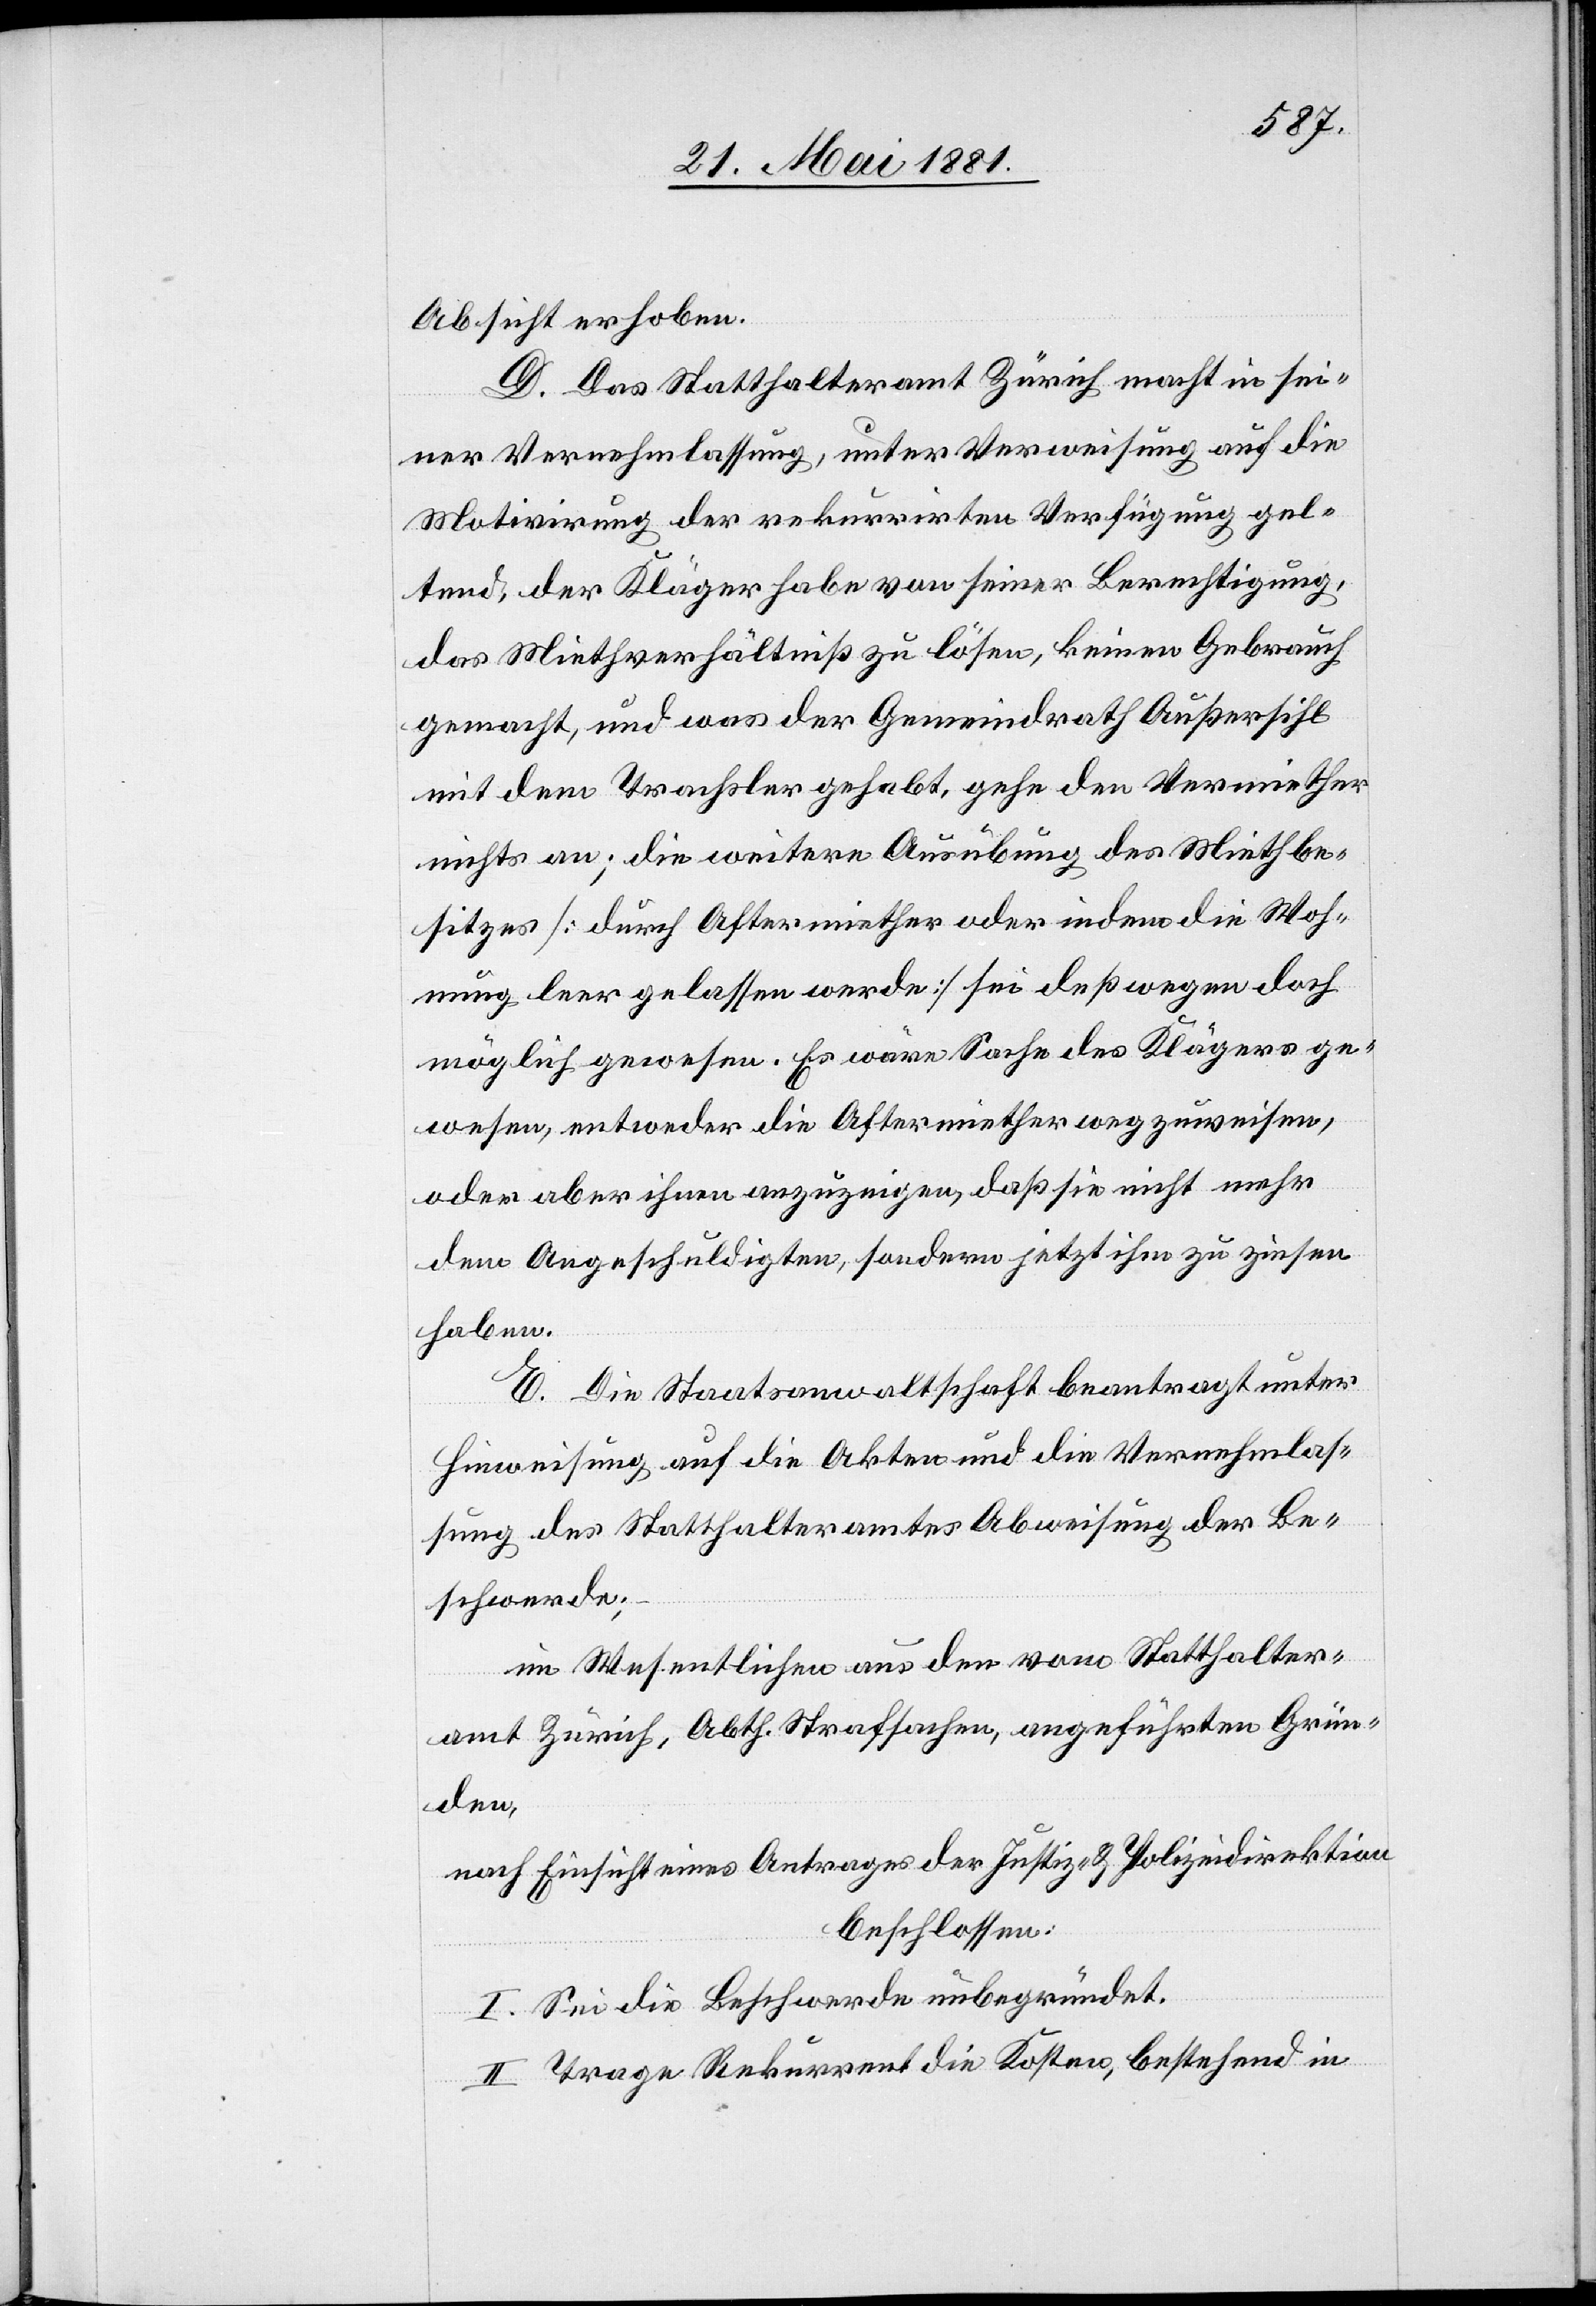
Absicht erhoben.
D. Das Statthalteramt Zürich macht in sei¬
ner Vernehmlassung, unter Verweisung auf die
Motivirung der rekurrirten Verfügung gel¬
tend, der Kläger habe von seiner Berechtigung,
das Miethverhältniß zu lösen, keinen Gebrauch
gemacht, und was der Gemeindrath Außersihl
mit dem Trachler gehabt, gehe den Vermiether
nichts an; die weitere Ausübung des Miethbe¬
sitzes [durch Aftermiether oder indem die Woh¬
nung leer gelassen werde] sei deßwegen doch
möglich gewesen. Es wäre Sache des Klägers ge¬
wesen, entweder die Aftermiether wegzuweisen,
oder aber ihnen anzuzeigen, daß sie nicht mehr
dem Angeschuldigten, sondern jetzt ihm zu zinsen
haben.
E. Die Staatsanwaltschaft beantragt unter
Hinweisung auf die Akten und die Vernehmlas¬
sung des Statthalteramtes Abweisung der Be¬
schwerde,
im Wesentlichen aus den vom Statthalter¬
amt Zürich, Abth. Strafsachen, angeführten Grün¬
den,
nach Einsicht eines Antrages der Justiz- & Polizeidirektion.
beschlossen:
I. Sei die Beschwerde unbegründet.
II. Trage Rekurrent die Kosten, bestehend in